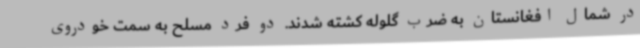
در شمال افغانستان به ضرب گلوله کشته شدند. دو فرد مسلح به سمت خودروی